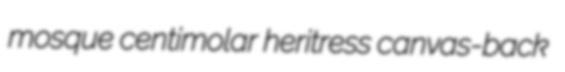
mosque centimolar heritress canvas-back